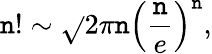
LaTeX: \mathtt{n}!\sim{\sqrt{}{{2\pi\mathtt{n}}}}\left({\frac{{\mathtt{n}}}{{e}}}\right)^{\mathtt{n}},